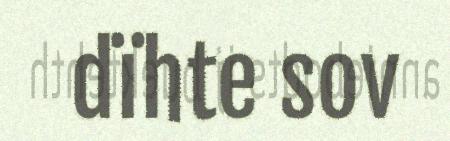
dïhte sov